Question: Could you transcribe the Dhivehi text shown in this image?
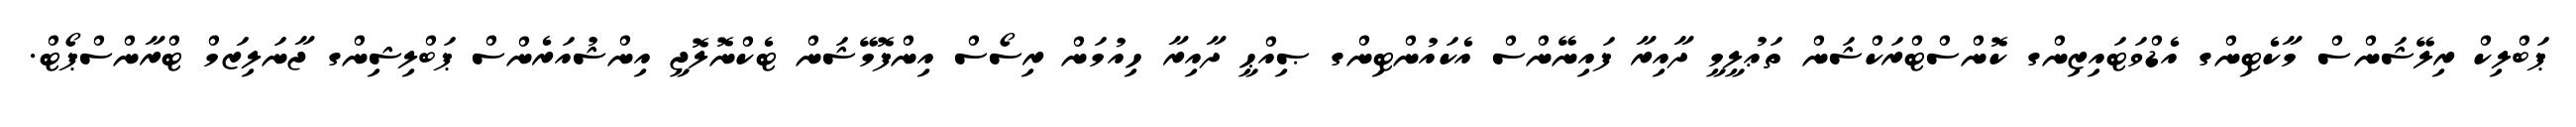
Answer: ޕަބްލިކް ރިލޭޝަންސް މާކެޓިންގ އެޑްވަޓައިޒިންގ ކޮންސްޓްރަކްޝަން ތަޢުލީމީ ދާއިރާ ފައިނޭންސް އެކައުންޓިންގ ޞިއްޙީ ދާއިރާ ހިއުމަން ރިސޯސް އިންފޮމޭޝަން ޓެކްނޮލޮޖީ އިންޝުއަރެންސް ޕަބްލިޝިންގ ޖާނަލިޒަމް ޓްރާންސްޕޯޓް.